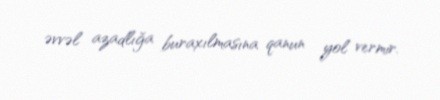
əvvəl azadlığa buraxılmasına qanun yol vermir.